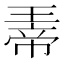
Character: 𪼀